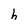
Character: h